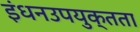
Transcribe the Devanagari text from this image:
इंधनउपयुक्तता